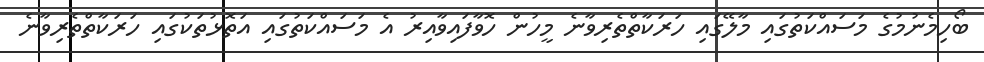
ބޯހިމެނުމުގެ މަސައްކަތުގައި މާލޭގައި ހަރަކާތްތެރިވާނެ މީހުން ހޮވާފައިވާއިރު އެ މަސައްކަތުގައި އަތޮޅުތަކުގައި ހަރަކާތްތެރިވާނެ